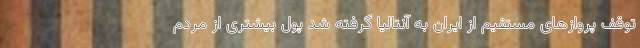
توقف پروازهای مستقیم از ایران به آنتالیا گرفته شد پول بیشتری از مردم